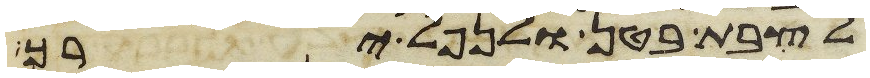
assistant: לצבת בטן ולנפל ירך